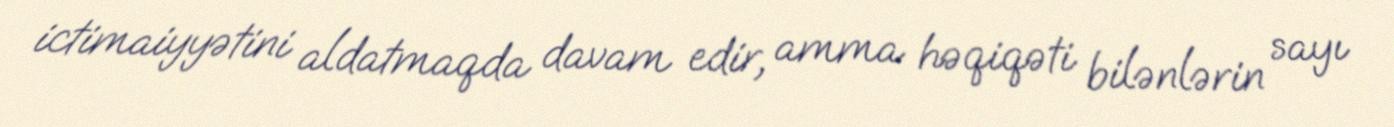
ictimaiyyətini aldatmaqda davam edir, amma həqiqəti bilənlərin sayı